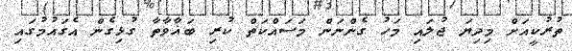
ތުރުކީއަށް މިދިޔަ ޖުލައި މަހު ގެންނަން މަސައްކަތް ކުރި ބަޣާވާތާ ގުޅިގެން އެގައުމުގައި